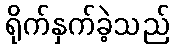
ရိုက်နှက်ခဲ့သည်